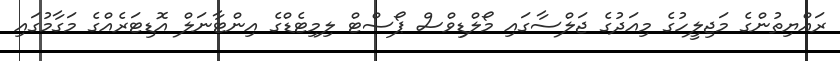
ރައްޔިތުންގެ މަޖިލީހުގެ މިއަދުގެ ޖަލްސާގައި މޯލްޑިވްސް ޕޯސްޓް ލިމިޓެޑްގެ އިންޓާނަލް އޮޑިޓަރެއްގެ މަގާމުގައި